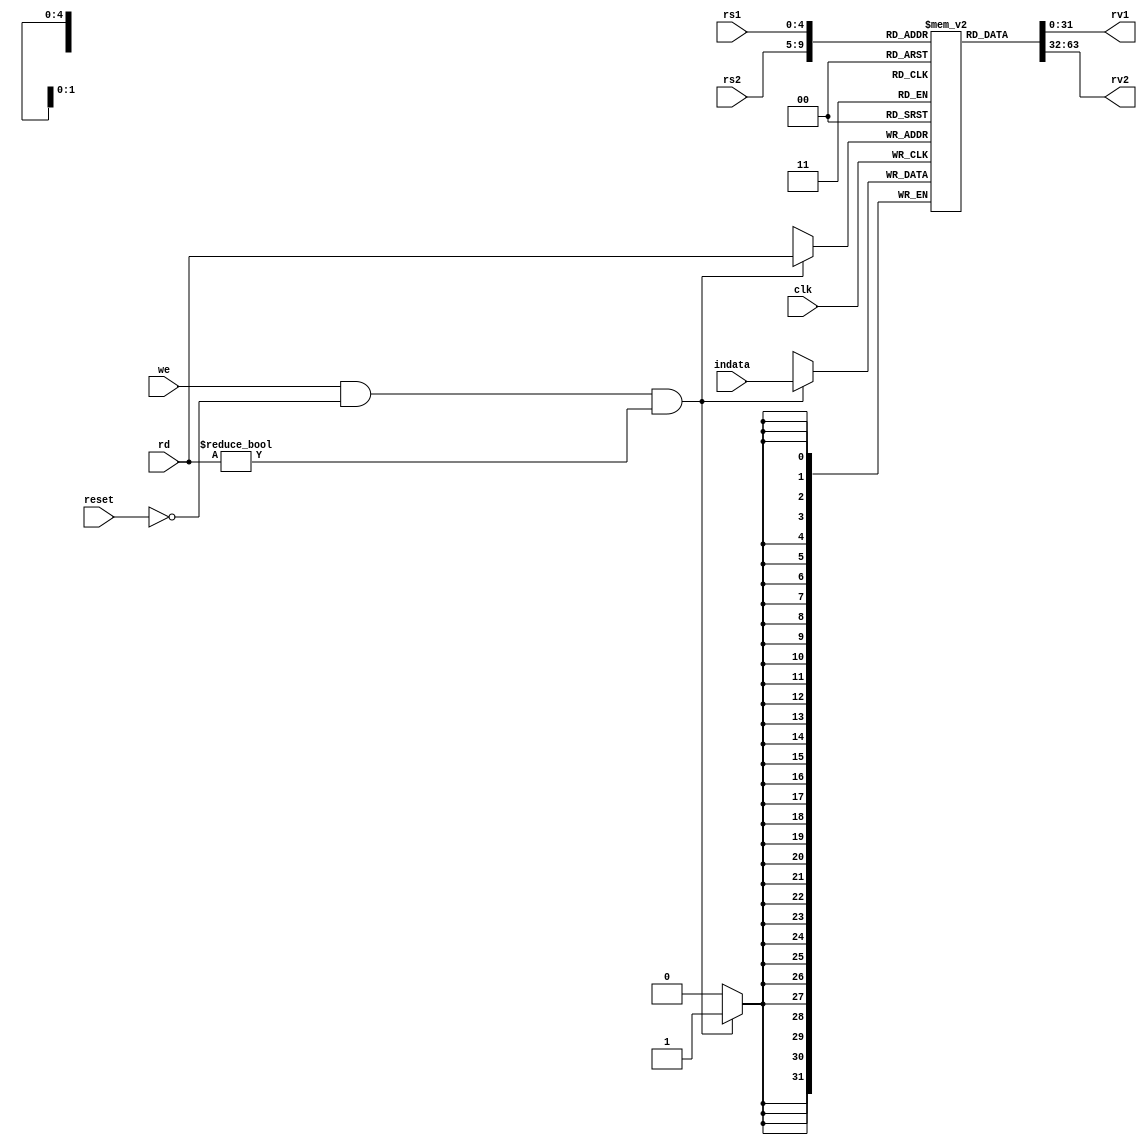
module regfile(
    input reset,
    input [4:0] rs1,
    input [4:0] rs2,
    input [4:0] rd,
    input [31:0] indata,
    input  we,
    input clk,
    output reg [31:0] rv1,
    output reg [31:0] rv2
    );

    reg [31:0] RF[31:0];

  

    integer i;
    initial begin
    for(i = 0; i < 32; i = i+1) 
        RF[i] = 0;
    end


    always @(*)begin
        rv2=RF[rs2];      
        rv1=RF[rs1];
    end
    always @ (posedge clk) begin
        if(we && !reset && rd!=0) // rd!=0 as reg[0] has to be hardwired to 0, rd cannot change it
           RF[rd] <= indata;
       end

endmodule